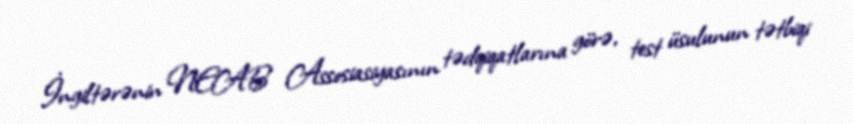
İngiltərənin NEAB Assosiasiyasının tədqiqatlarına görə, test üsulunun tətbiqi